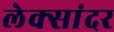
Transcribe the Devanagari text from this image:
लेक्सांदर